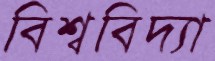
বিশ্ববিদ্যা